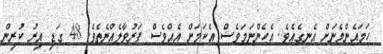
ހަމައެންމެނަށް އެނގެއެވެ. އެހެންނަމަވެސް އެކަމަށް އެއްވެސް ފަރުވާލެއްނެތެވެ. 48 ގަޑި އިރު ކުރިން